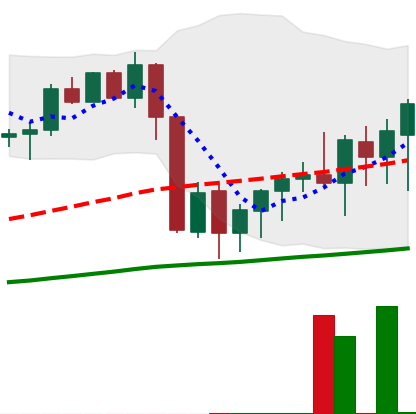
Ticker: XMR-USD
Chart end date: 2020-09-14
Forward return: 3.332%
Label: up_3_5